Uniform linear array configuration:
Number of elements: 4
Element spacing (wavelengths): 0.75
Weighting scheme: blackman
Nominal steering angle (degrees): -45
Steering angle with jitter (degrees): -46.59
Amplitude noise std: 0.05
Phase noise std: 0.05

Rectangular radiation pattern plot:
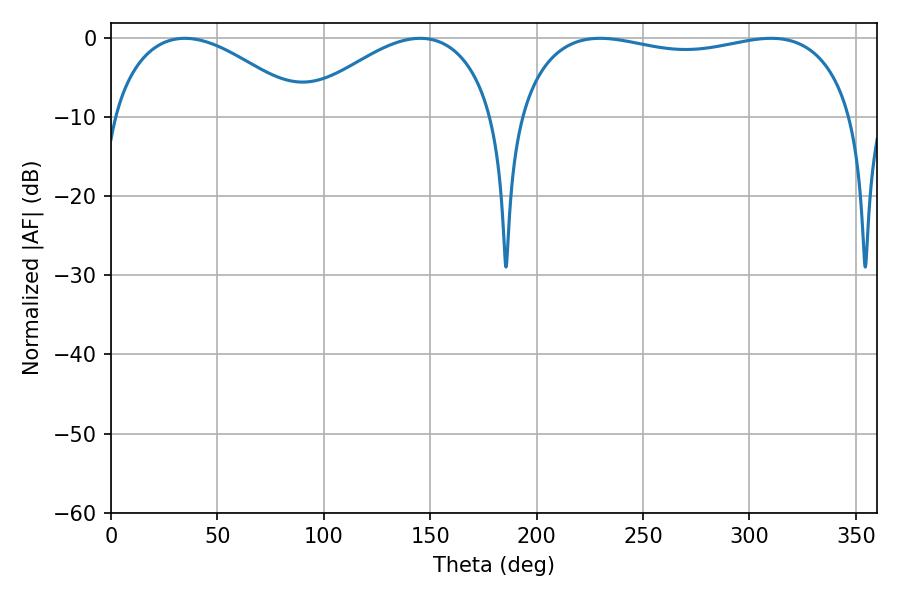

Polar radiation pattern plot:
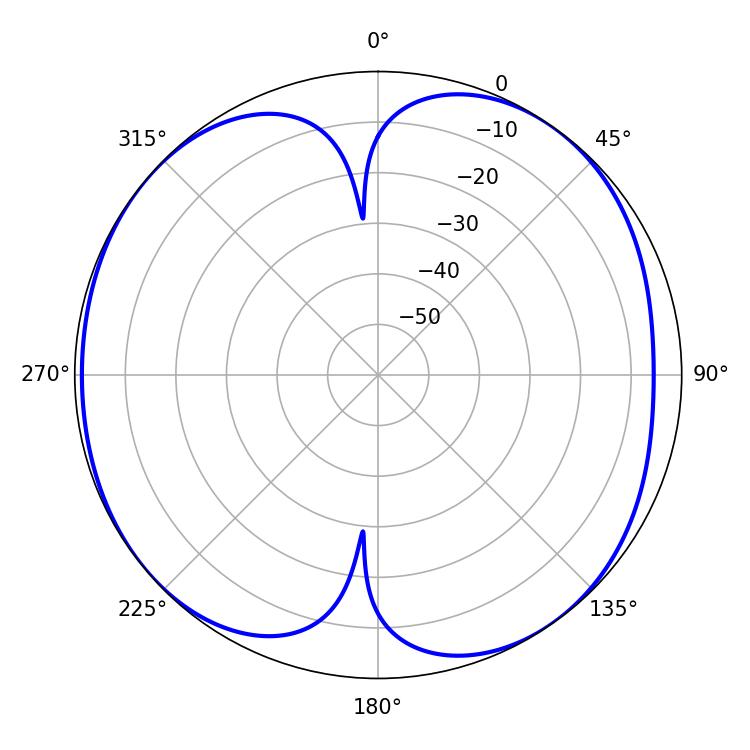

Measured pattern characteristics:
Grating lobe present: TRUE
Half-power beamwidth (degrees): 128.88
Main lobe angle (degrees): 229.86